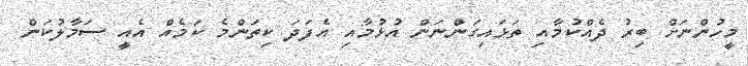
މީހުންނަށް ބިރު ދެއްކުމާއި ތަޅައިގަންނަން އުޅުމާއި އެފަދަ ކިތަންމެ ކަމެއް އެއީ ސަމާލުކަން